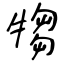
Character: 犓